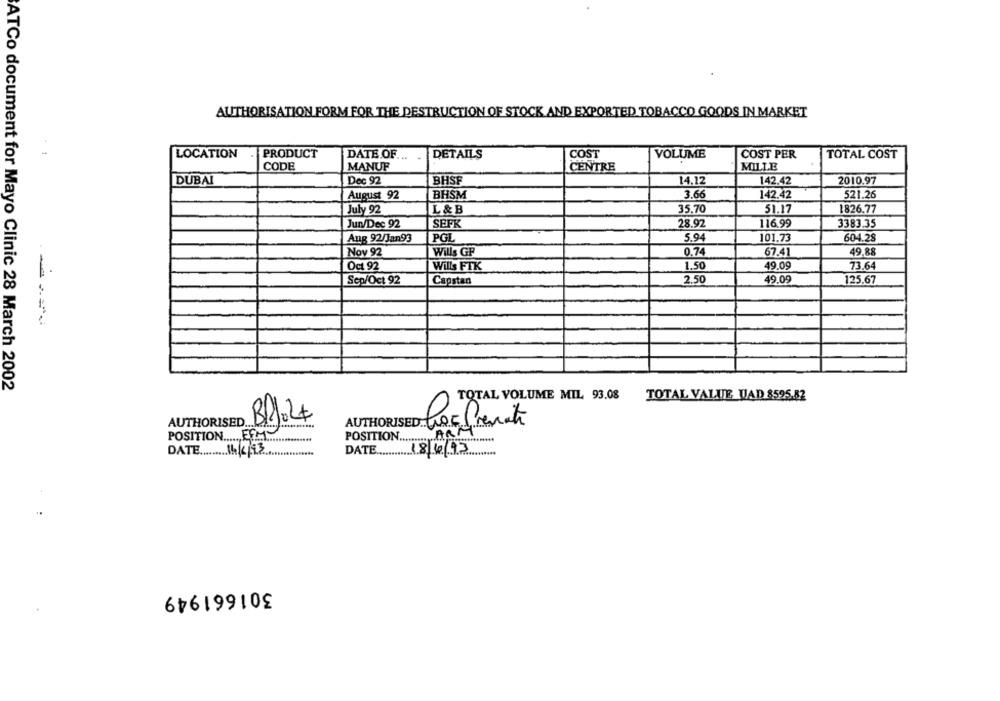
AUTHORISATION FORM FOR THE DESTRUCTION OF STOCK AND EXPORTED TOBACCO GOODS IN MARKET
-
LOCATION
PRODUCT
DATE OF
DETAILS
COST
TOTAL COST
VOLUME
COST PER
CODE
MANUF
CENTRE
MILLE
DUBAI
Dec 92
BHSF
14.12
142.42
2010.97
August 92
BHSM
3.66
142.42
521.26
July 92
L & B
35.70
51.17
1826.77
Jun/Dec 92
SEFK
28.92
116.99
3383.35
Ang 92/Jan93
PGL
5.94
101.73
604.28
Nov 92
Wills GP
0.74
67.41
49,88
Oct 92
Wills FTK
1.50
49.09
73.64
Sep/Oct 92
Capstan
2.50
49.09
125.67
ATCo document for Mayo Clinic 28 March 2002
TOTAL VOLUME MIL 93.08
TOTAL VALUE WAD 8595.82
AUTHORISED ..
AUTHORISED tool
POSITION ...... FEM
POSITION.
ARM
DATE.
DATE.
301661949